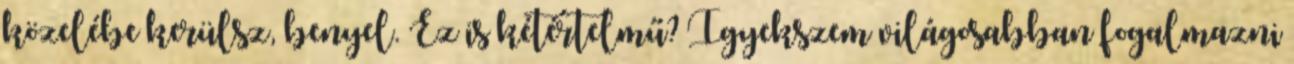
közelébe kerülsz, benyel. Ez is kétértelmű? Igyekszem világosabban fogalmazni